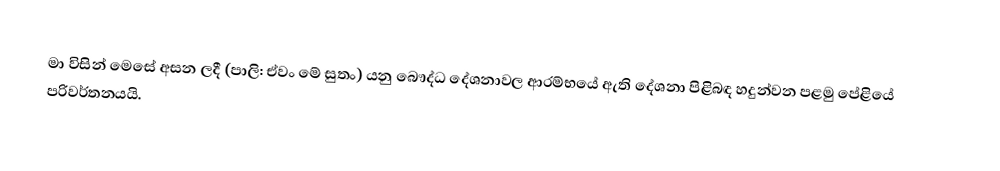
මා විසින් මෙසේ අසන ලදී (පාලි: ඒවං මේ සුතං) යනු බෞද්ධ දේශනාවල ආරම්භයේ ඇති දේශනා පිළිබඳ හදුන්වන පළමු පේළියේ පරිවර්තනයයි.